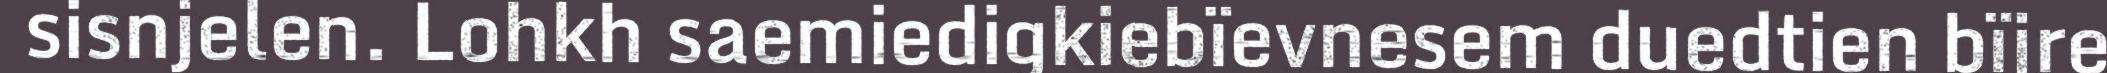
sisnjelen. Lohkh saemiedigkiebïevnesem duedtien bïjre